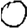
Digit: 0